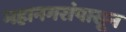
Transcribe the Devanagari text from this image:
महानगरांपासून